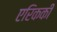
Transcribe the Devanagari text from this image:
एरिककी